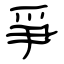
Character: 爭